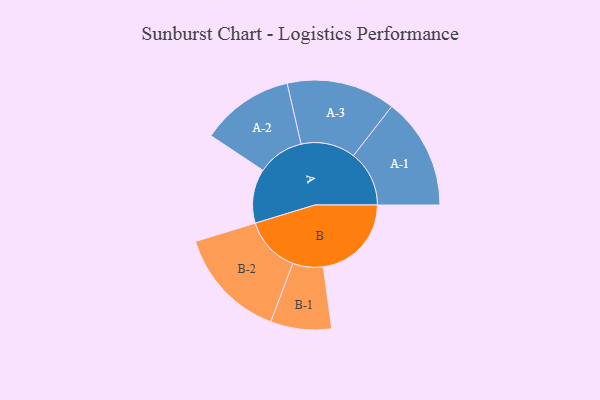
{"axis": {"x": "Segment", "y": "Value"}, "legend": ["", "A", "B"], "data": [{"x": "A", "y": 233, "type": ""}, {"x": "B", "y": 379, "type": ""}, {"x": "A-1", "y": 240, "type": "A"}, {"x": "A-2", "y": 200, "type": "A"}, {"x": "A-3", "y": 234, "type": "A"}, {"x": "B-1", "y": 131, "type": "B"}, {"x": "B-2", "y": 241, "type": "B"}]}